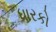
ધારકો